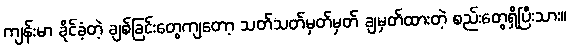
ကျန်းမာ ခိုင်ခံ့တဲ့ ချစ်ခြင်းတွေကျတော့ သတ်သတ်မှတ်မှတ် ချမှတ်ထားတဲ့ စည်းတွေရှိပြီးသား။